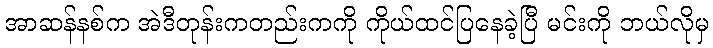
အာဆန်နစ်က အဲဒီတုန်းကတည်းကကို ကိုယ်ထင်ပြနေခဲ့ပြီ မင်းကို ဘယ်လိုမှ